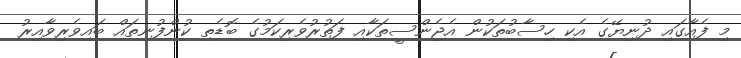
މި ފެއާގައި ދުނިޔޭގެ އެކި ހިސާބުތަކުން އެޖެންސީތަކާއި ފަތުރުވެރިކަމުގެ ބޮޑެތި ކުންފުނިތައް ބައިވެރިވާއިރު